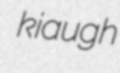
kiaugh